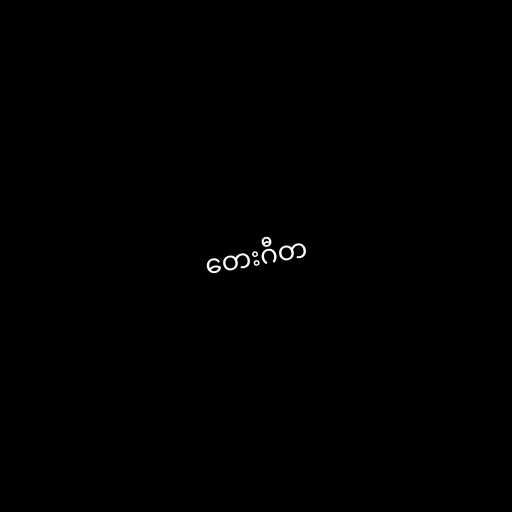
တေးဂီတ